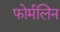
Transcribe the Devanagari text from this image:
फोर्मलिन